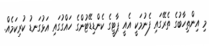
މި އިންތިހާބުގެ ތެރޭގައި ފެނުމަކީ އެއީ ޕާޓީގެ ކެންޑިޑޭޓުންގެ ހައްގުގައި އަޅުގަނޑު ކުރިކަމެއް.